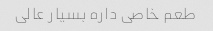
طعم خاصی داره بسیار عالی